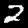
Label: 2